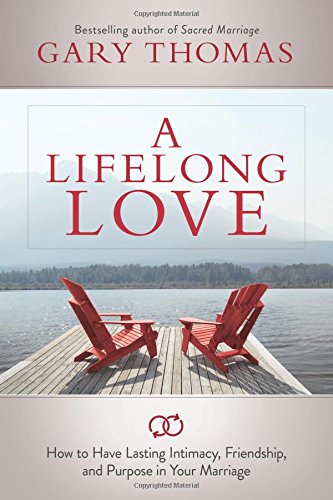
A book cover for A Lifelong Love: How to Have Lasting Intimacy, Friendship, and Purpose in Your Marriage; Gary Thomas; Christian Books & Bibles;